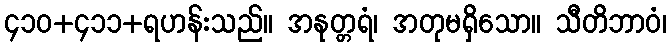
၄၁၀+၄၁၁+ရဟန်းသည်။ အနုတ္တရံ၊ အတုမရှိသော။ သီတိဘာဝံ၊